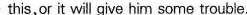
this, or it will give him some trouble.